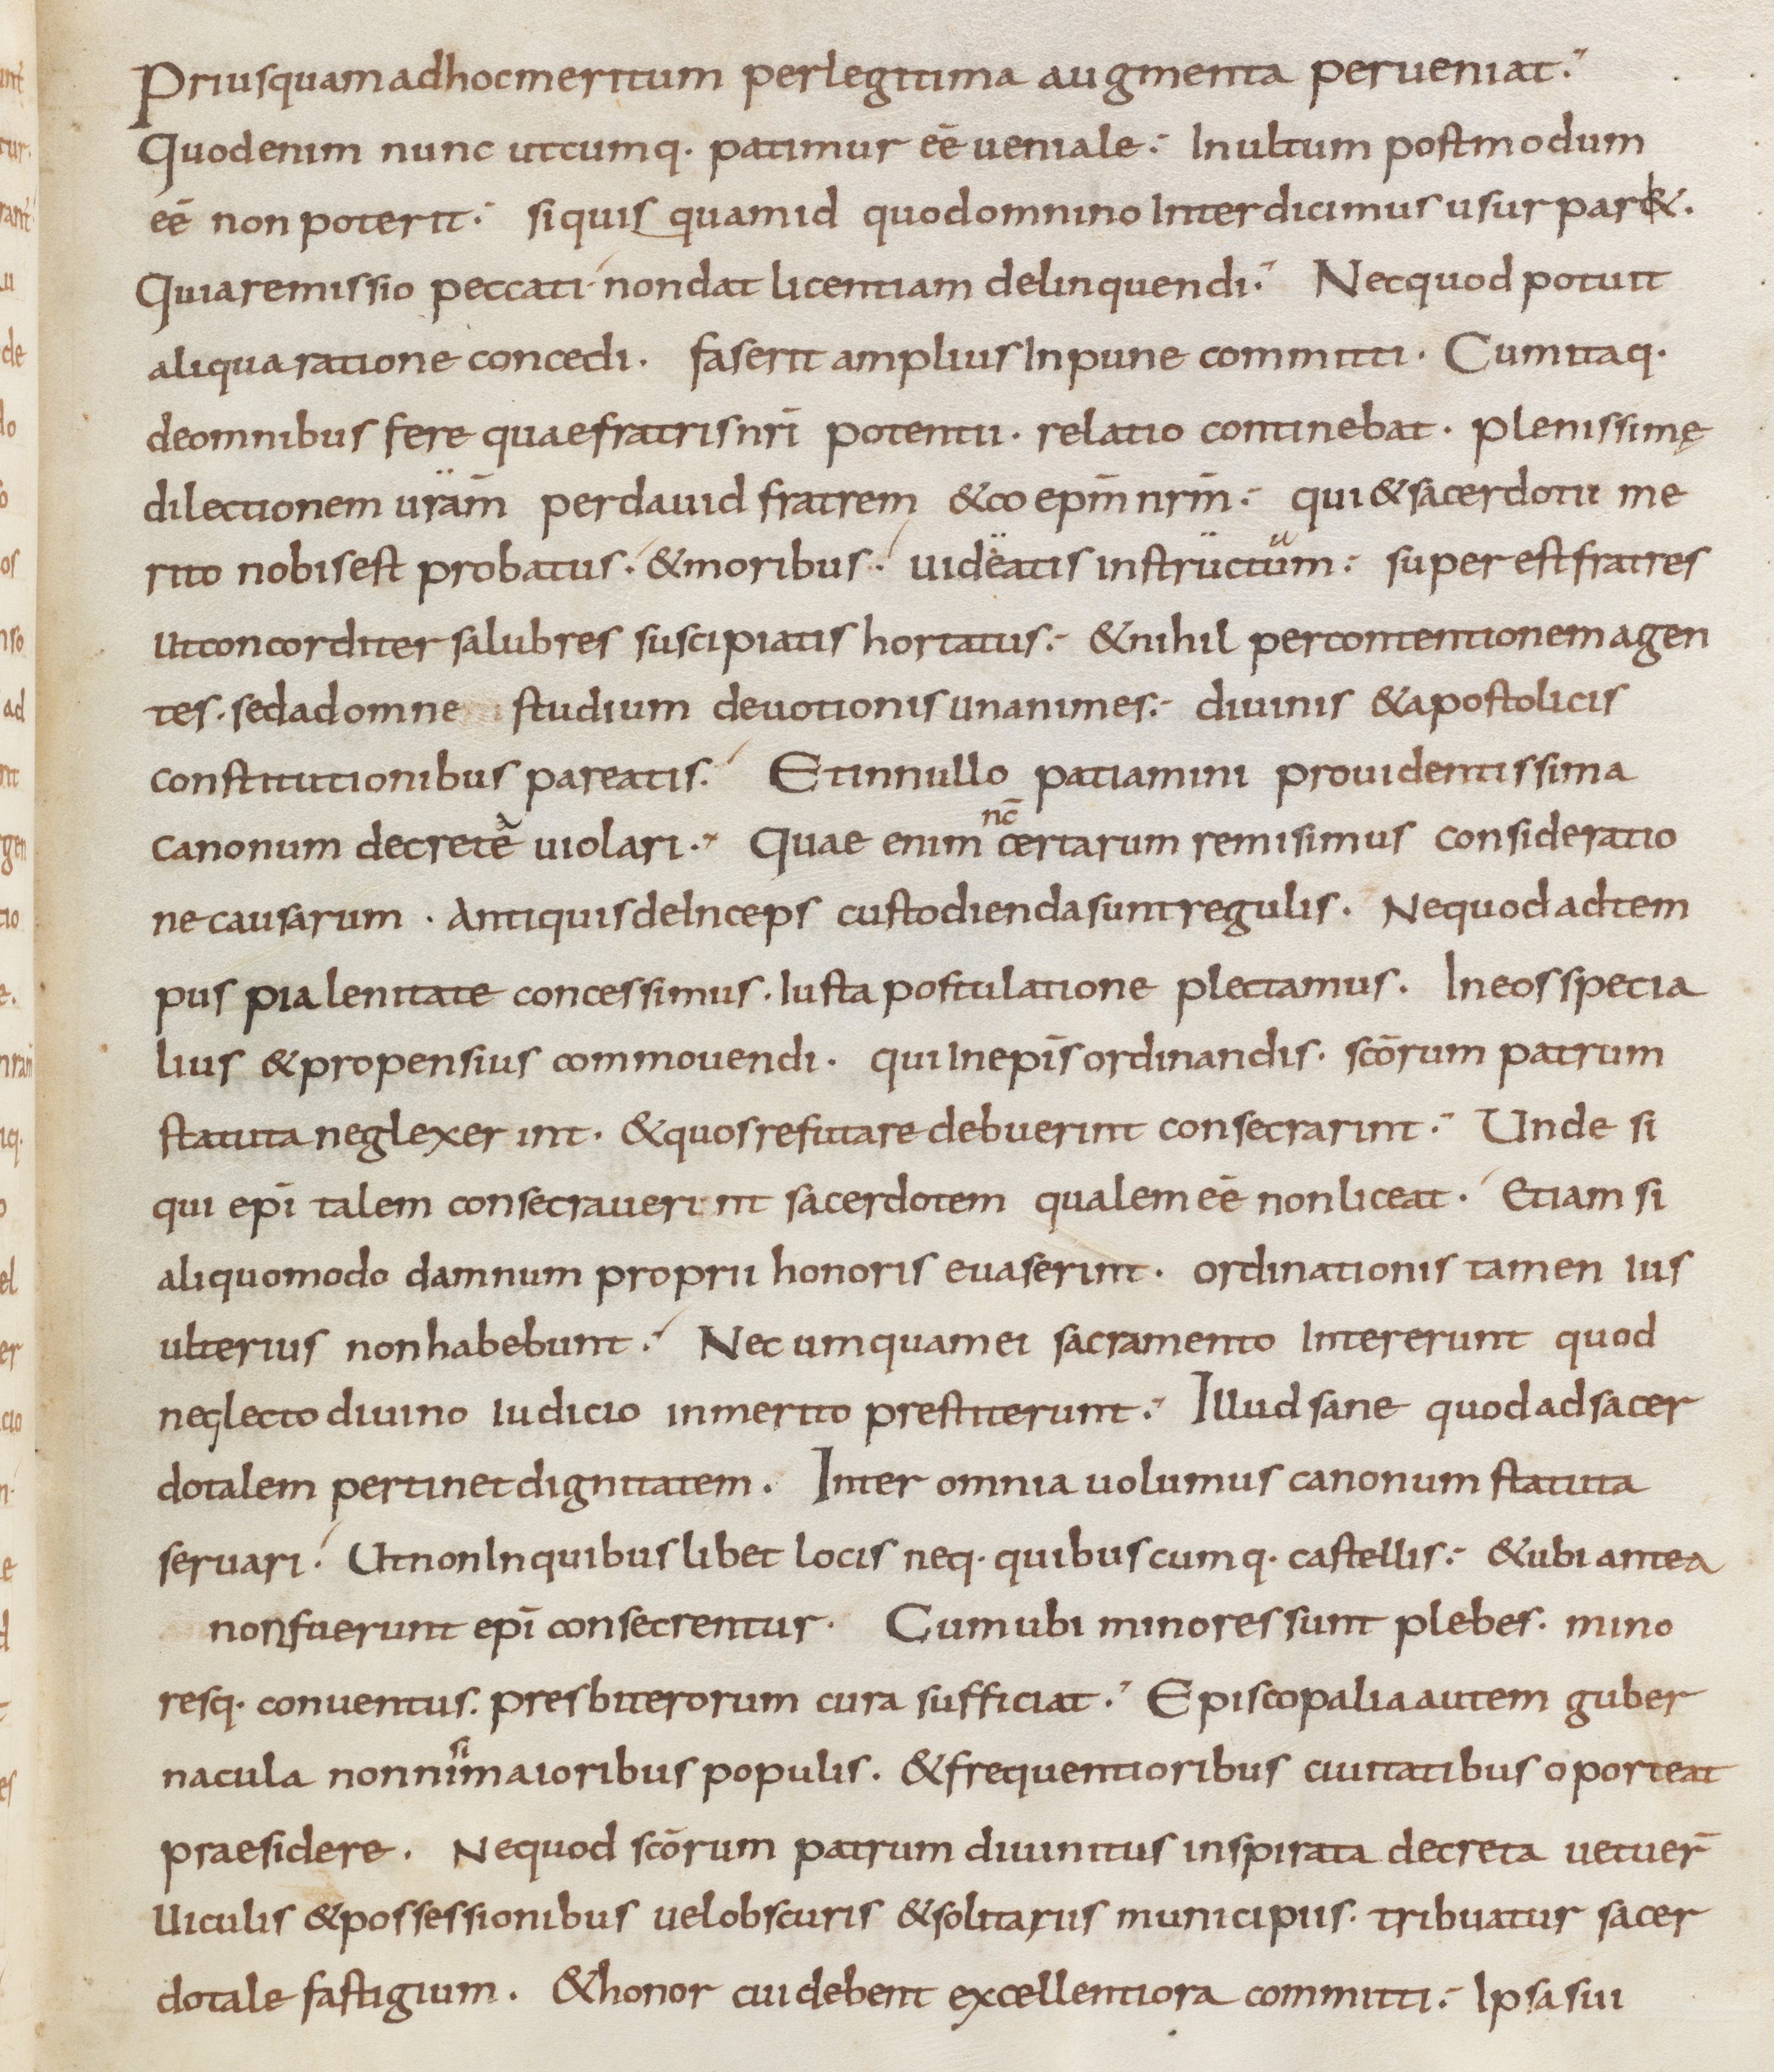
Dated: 805–865